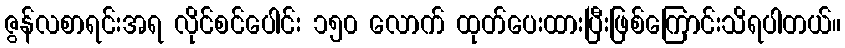
ဇွန်လစာရင်းအရ လိုင်စင်ပေါင်း ၁၅၀ လောက် ထုတ်ပေးထားပြီးဖြစ်ကြောင်းသိရပါတယ်။